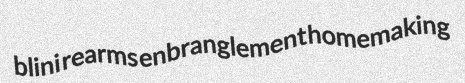
blini rearms enbranglement homemaking